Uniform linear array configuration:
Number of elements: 64
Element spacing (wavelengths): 0.75
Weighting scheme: blackman
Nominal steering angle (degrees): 45
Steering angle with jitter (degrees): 44.58
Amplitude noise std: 0.05
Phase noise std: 0.05

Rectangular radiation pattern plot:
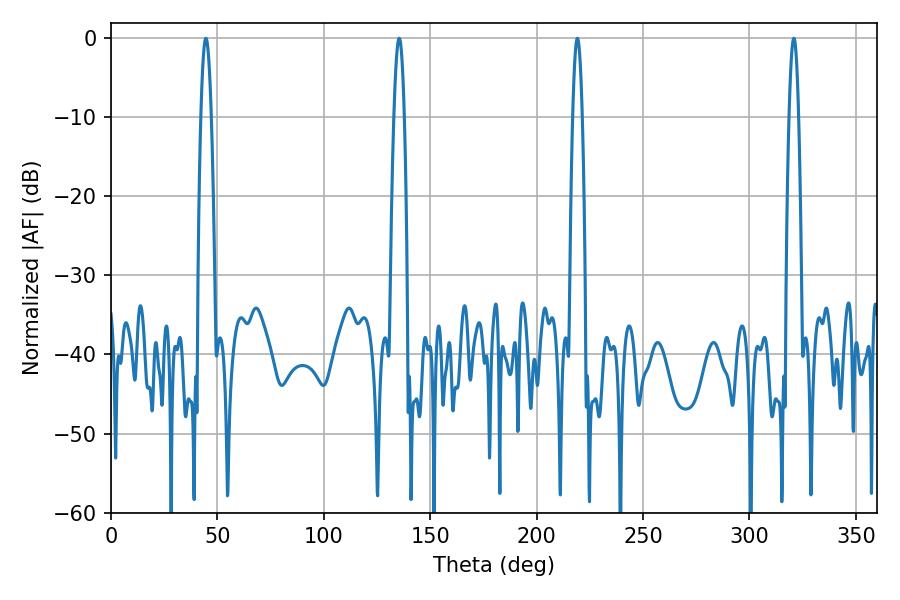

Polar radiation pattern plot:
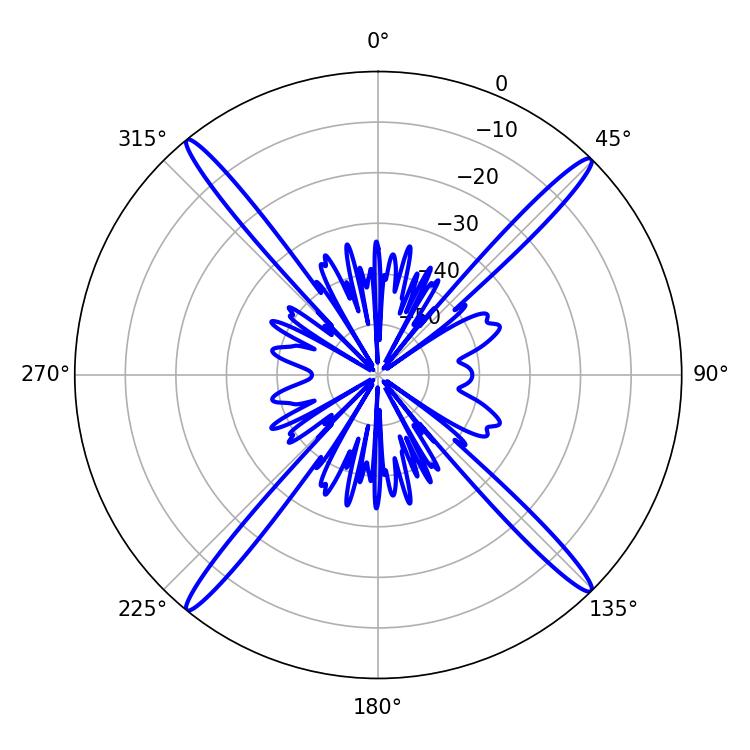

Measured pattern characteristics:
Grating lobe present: TRUE
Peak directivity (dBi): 21.983
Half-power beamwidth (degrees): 2.52
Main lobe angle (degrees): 44.64